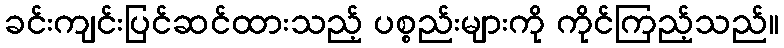
ခင်းကျင်းပြင်ဆင်ထားသည့် ပစ္စည်းများကို ကိုင်ကြည့်သည်။